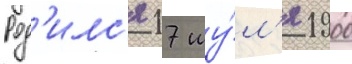
Род'илс'я 17 иу́л'я 1900